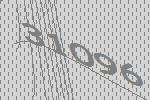
31096